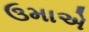
ઉમાએ